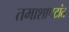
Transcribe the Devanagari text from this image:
तमाशापटांत